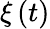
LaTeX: \xi\left(t\right)